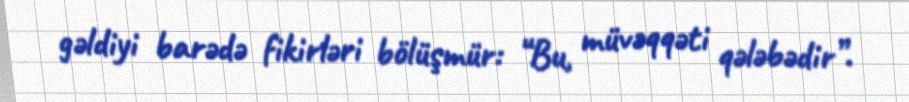
gəldiyi barədə fikirləri bölüşmür: “Bu, müvəqqəti qələbədir”.